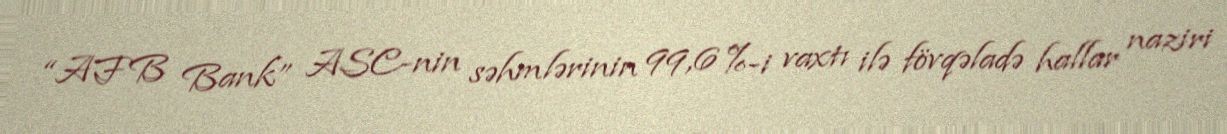
“AFB Bank” ASC-nin səhmlərinin 99,6 %-i vaxtı ilə fövqəladə hallar naziri